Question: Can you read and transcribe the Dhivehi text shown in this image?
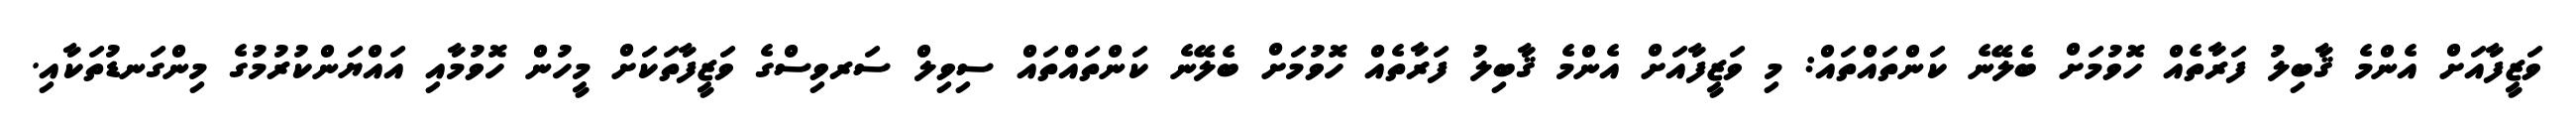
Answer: ވަޒީފާއަށް އެންމެ ޤާބިލު ފަރާތެއް ހޮވުމަށް ބެލޭނެ ކަންތައްތައް: މި ވަޒީފާއަށް އެންމެ ޤާބިލު ފަރާތެއް ހޮވުމަށް ބެލޭނެ ކަންތައްތައް ސިވިލް ސަރވިސްގެ ވަޒީފާތަކަށް މީހުން ހޮވުމާއި އައްޔަންކުރުމުގެ މިންގަނޑުތަކާއި.